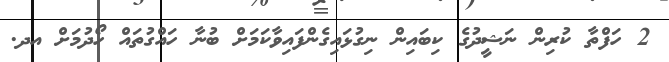
2 ހަފްތާ ކުރިން ނަޝީދުގެ ކިބައިން ނިގުޅައިގެންފައިވާކަމަށް ބުނާ ހައްގުތައް ހޯދުމަށް އދ.